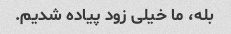
بله، ما خیلی زود پیاده شدیم.